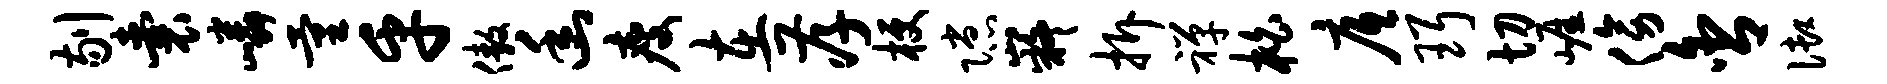
剔囊嶙量乎傲幽瘦在孝梗隙嶷拆禅柏底珥切崖傍舍御